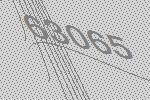
63065